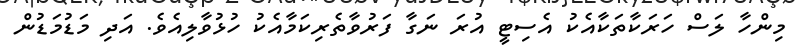
މިންހާ ލަސް ހަރަކާތަކާއެކު އެސިޓީ އުރަ ނަގާ ފަރުވާތެރިކަމާއެކު ހުޅުވާލިއެވެ. އަދި މަޑުމަޑުން